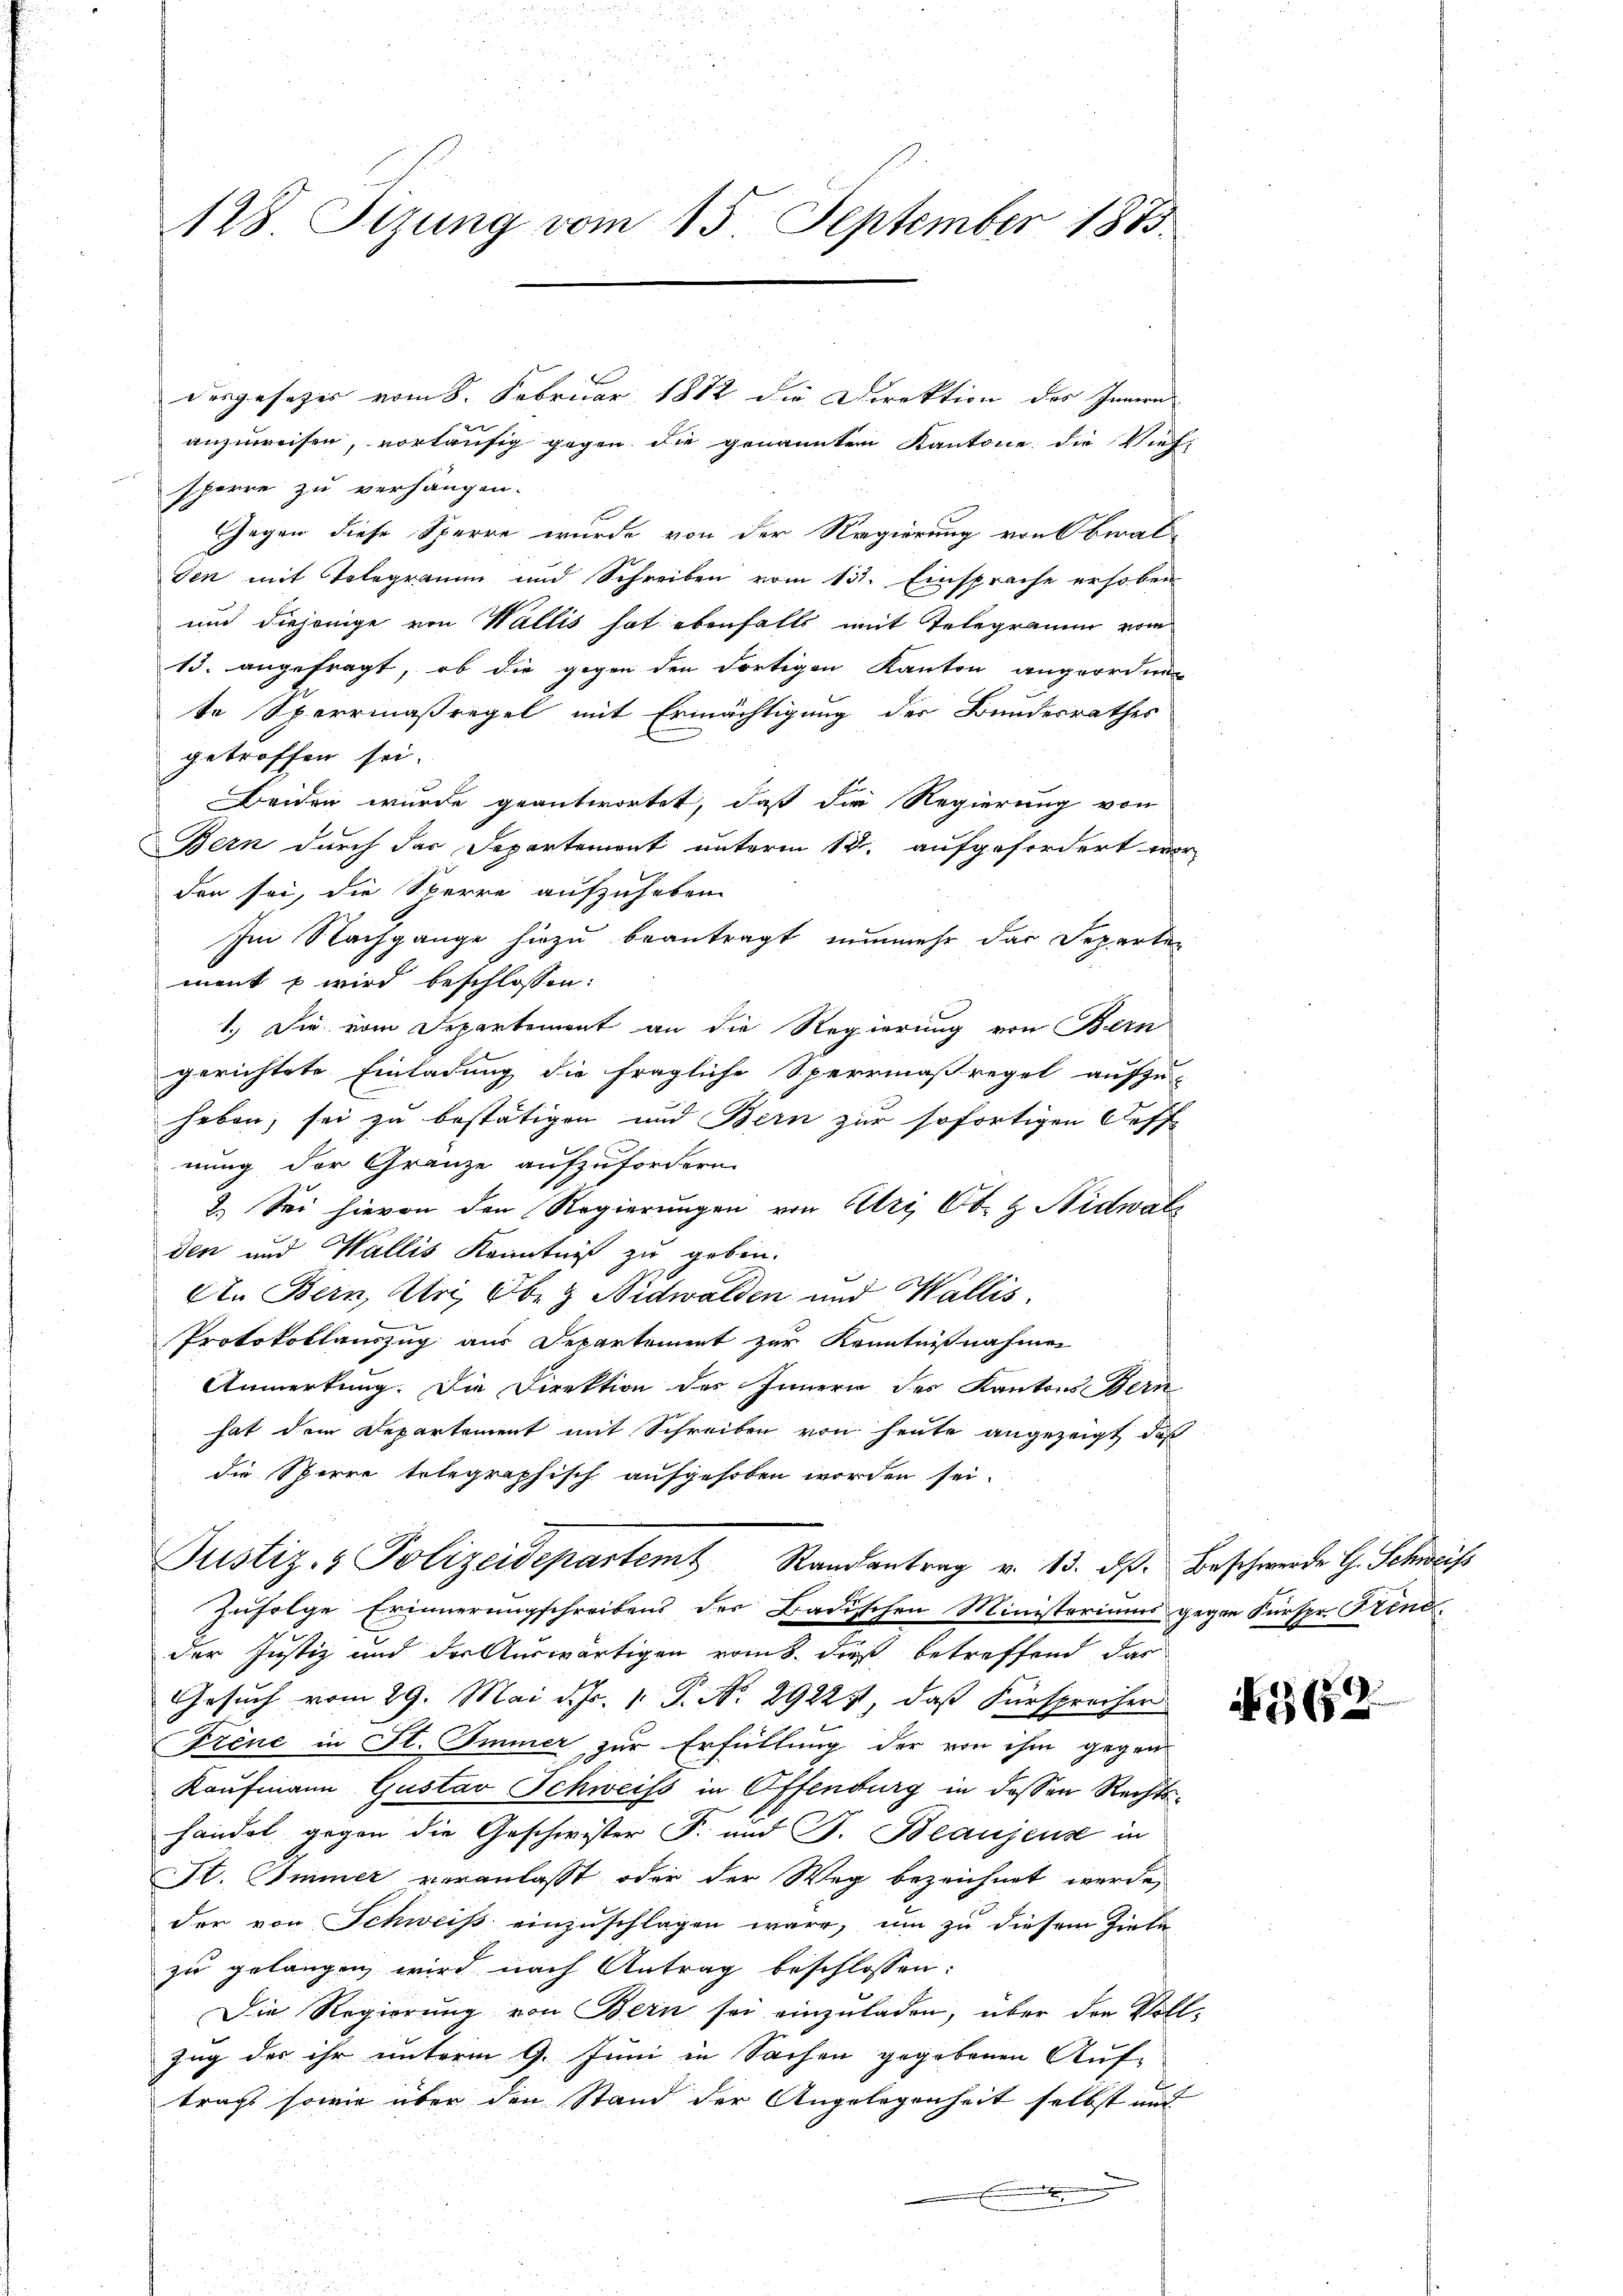
128. Sitzung vom 15. September 1883.

desgesetzes vom 8. Februar 1882 die Direktion des Innern
anzuweisen, vorläufig gegen die genannten Kantone, die Vieh-
sperre zu verhängen.
Gegen diese Sperre wurde von der Regierung von beral-
Sen mit Tolegramm und Schreiben vom 132. Einsprache erhoben
und diejenige von Wallis hat ebenfalls mit Telegramm vom
13. angefragt, ob die gegen den dortigen Kanton angeordnen
te Sperrmaßregel mit Ermächtigung des Bundesrathes
getroffen sei.
Beiden wurde geantwortet, daß die Regierung von
Bern durch das Departement unterm 12. aufgefordert worden sei, die Sperre aufzuheben.
Im Nachgange hiezu beantragt nunmehr das Departen
ment u wird beschlossen:
1.) Die vom Departement an die Regierung von Bern
gerichtete Einladung die fragliche Sperrmaßregel aufzu-
heben, sei zu bestätigen und Bern zur sofortigen Steff-
nung der Grenze aufzufordern.
2.) Sei hievon den Regierungen von Uri, Ob. & Nidwal
den und Wallis Kenntniß zu geben.
An Bern, Uri, Oben Nidwalden und Wallis.
Protokollauszug aus Departement zur Kenntnißnahmen
Anmerkung. Die Direktion des Innern des Kantons Bern
hat dem Departement mit Schreiben von heute angezeigt, daß
die Sperre telegraphisch aufgehoben worden sei.
Justiz- & Polizeidepartemt Randantrag v. 13. ds. Beschwerde G. Schweiss
Zufolge Erinnerungschreibens der Badischen Ministeriums gegen Fürspr. Stend
der Justiz und der Auswärtigen roms, dieß betreffend das
Gesuch vom 29. Mai d. Js. 1. P. No. 2922), daß Fürsprecher
Frene in Fl. Immer zur Erfüllung der von ihm gegen
Kaufmann Gustav Schweiss in Offenburg in dessen Rechtshandel gegen die Geschwister F. und F. Beaujeuse in
St. Simmer veranlasst oder der Weg bezeichnet werde,
der von Schweiss einzuschlagen ware, um zu diesem Ziele
zu gelangen wird nach Antrag beschlossen:
Die Regierung von Bern sei einzuladen, über den Voll¬
Zug der ihr unterm 9. Juni in Sachen gegebenen Auf-
tragt sowie über den Stand der Angelegenheit selbst mit
.

N 565